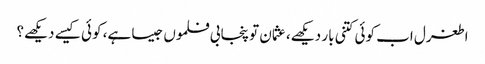
اطغرل اب کوئی کتنی بار دیکھے، عثمان تو پنجابی فلموں جیسا ہے، کوئی کیسے دیکھے؟